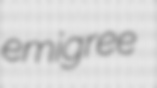
emigree